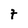
Character: 7